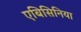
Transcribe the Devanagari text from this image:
एबिसिनिया